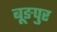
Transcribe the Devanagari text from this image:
बूङपुर